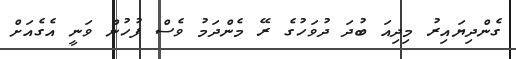
ގެންދިޔައިރު މިދިއަ ބުދަ ދުވަހުގެ ރޭ މެންދަމު ވެސް ފުުހުން ވަނީ އެގެއަށް